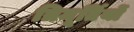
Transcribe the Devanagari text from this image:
त्रिमूर्तियों